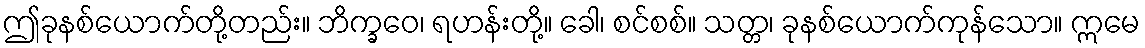
ဤခုနစ်ယောက်တို့တည်း။ ဘိက္ခဝေ၊ ရဟန်းတို့။ ခေါ၊ စင်စစ်။ သတ္တ၊ ခုနစ်ယောက်ကုန်သော။ ဣမေ